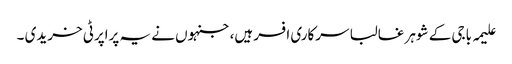
علیمہ باجی کے شوہر غالبا سرکاری افسر ہیں،جنہوں نے یہ پراپرٹی خریدی ۔